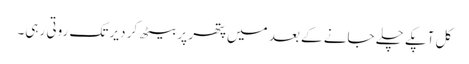
کل آپکے چلے جانے کے بعد میں پتھر پر بیٹھ کر دیر تک روتی رہی۔